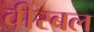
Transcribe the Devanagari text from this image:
वीरबल